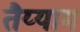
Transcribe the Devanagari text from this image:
तैय्याम